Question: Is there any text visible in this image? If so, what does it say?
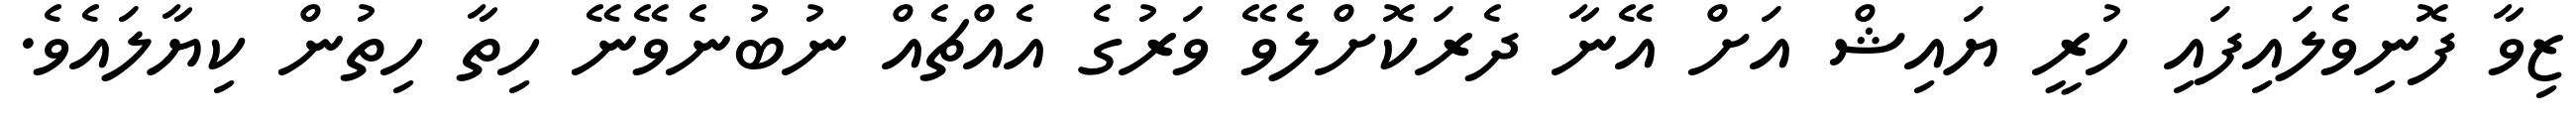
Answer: ޒިވާ ފޮނިވެލައިފައި ހުރީ ޔައިޝް އަށް އޭނާ ދެރަކޮށްލެވޭ ވަރުގެ އެއްޗެއް ނުބުނެވޭނޭ ހިތާ ހިތުން ކިޔާލައެވެ.